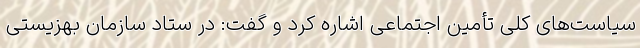
سیاست‌های کلی تأمین اجتماعی اشاره کرد و گفت: در ستاد سازمان بهزیستی